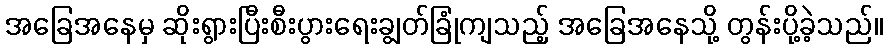
အခြေအနေမှ ဆိုးရွားပြီးစီးပွားရေးချွတ်ခြုံကျသည့် အခြေအနေသို့ တွန်းပို့ခဲ့သည်။